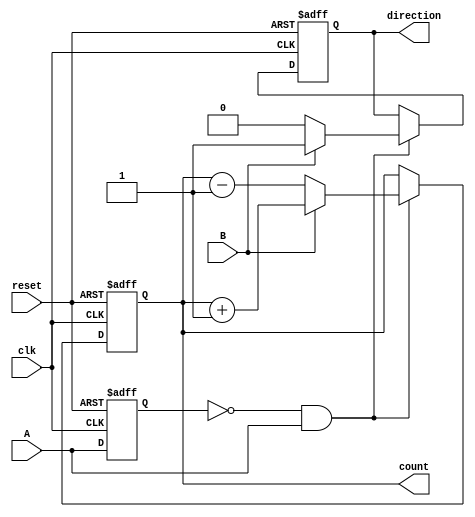
module rotary_encoder (
    input wire clk,         // Clock signal
    input wire reset,       // Reset signal
    input wire A,          // Signal A from the rotary encoder
    input wire B,          // Signal B from the rotary encoder
    output reg [7:0] count, // 8-bit count output
    output reg direction    // Direction output (1 for CW, 0 for CCW)
);

    // Internal state to hold the last known states of A and B
    reg A_prev, B_prev;

    // State change detection and counting logic
    always @(posedge clk or posedge reset) begin
        if (reset) begin
            count <= 8'b0;  // Reset count to zero
            direction <= 1'b0; // Default direction
            A_prev <= 1'b0; // Initialize previous states
            B_prev <= 1'b0;
        end else begin
            // Update previous states
            A_prev <= A;
            B_prev <= B;

            // Check for rising edge of A
            if (A_prev == 1'b0 && A == 1'b1) begin
                // Determine direction based on B
                if (B == 1'b1) begin
                    count <= count + 1; // Clockwise rotation
                    direction <= 1'b1;   // CW
                end else begin
                    count <= count - 1; // Counterclockwise rotation
                    direction <= 1'b0;   // CCW
                end
            end
        end
    end

endmodule